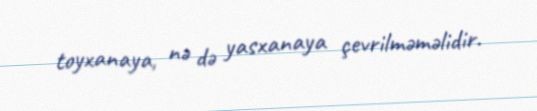
toyxanaya, nə də yasxanaya çevrilməməlidir.